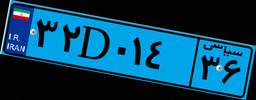
۳۲D۰۱۴۳۶